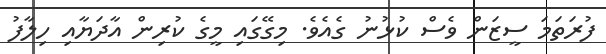
ފުރަތަމަ ސީޒަން ވެސް ކުޅުނު ގެއެވެ. މިގޭގައި މީގެ ކުރިން އާދަޔާއި ހިލާފު